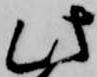
此